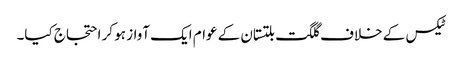
ٹیکس کے خلاف گلگت بلتستان کے عوام ایک آواز ہو کر احتجاج کیا۔